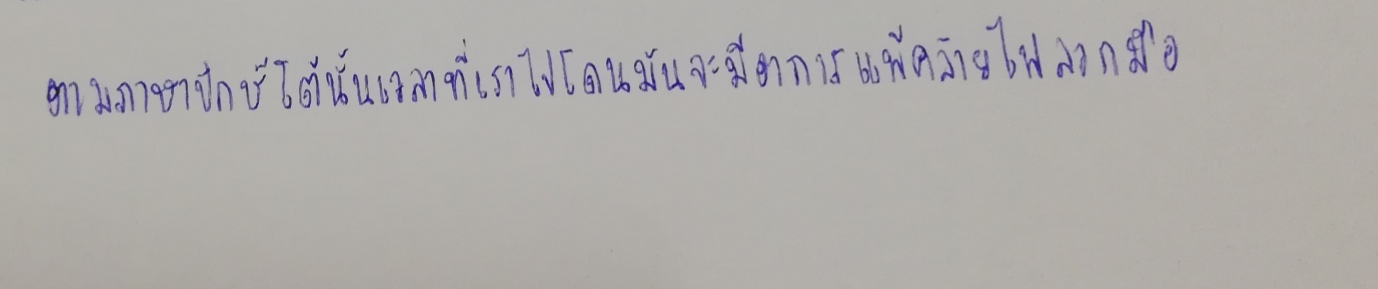
ตามภาษาปักษ์ใต้นั้นเวลาที่เราไปโดนมันจะมีอาการแพ้คล้ายไฟลวกมือ